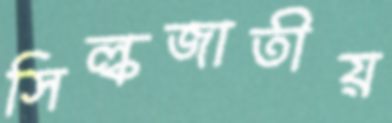
সিল্কজাতীয়